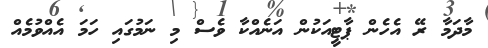
މާދަމާ ރޭ އެހެން ޕާޓީއަކުން އަނެއްކާ ވެސް މި ނަމުގައި ހަމަ އެއްވުމެއް